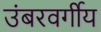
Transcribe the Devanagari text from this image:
उंबरवर्गीय